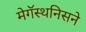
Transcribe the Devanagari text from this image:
मेगॅस्थनिसने